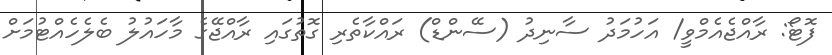
ފޮޓޯ: ރާއްޖެއެމްވީ/ އަހުމަދު ސާނިދު (ސޭންޑް) ރައްކާތެރި ގޮތުގައި ރާއްޖޭގެ މާހައުލު ބެލެހެއްޓުމަށް